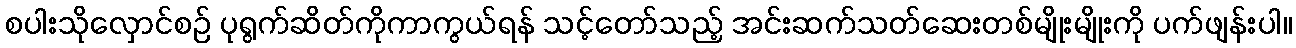
စပါးသိုလှောင်စဉ် ပုရွက်ဆိတ်ကိုကာကွယ်ရန် သင့်တော်သည့် အင်းဆက်သတ်ဆေးတစ်မျိုးမျိုးကို ပက်ဖျန်းပါ။